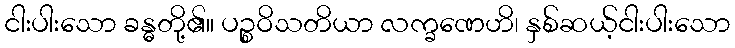
ငါးပါးသော ခန္ဓတို့၏။ ပဉ္စဝိသတိယာ လက္ခဏေဟိ၊ နှစ်ဆယ့်ငါးပါးသော